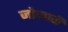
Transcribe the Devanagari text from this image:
जोजारी